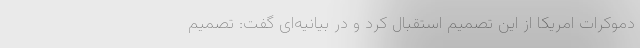
دموکرات امریکا از این تصمیم استقبال کرد و در بیانیه‌ای گفت: تصمیم